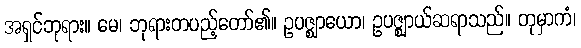
အရှင်ဘုရား။ မေ၊ ဘုရားတပည့်တော်၏။ ဥပဇ္ဈာယော၊ ဥပဇ္ဈာယ်ဆရာသည်။ တုမှာကံ၊